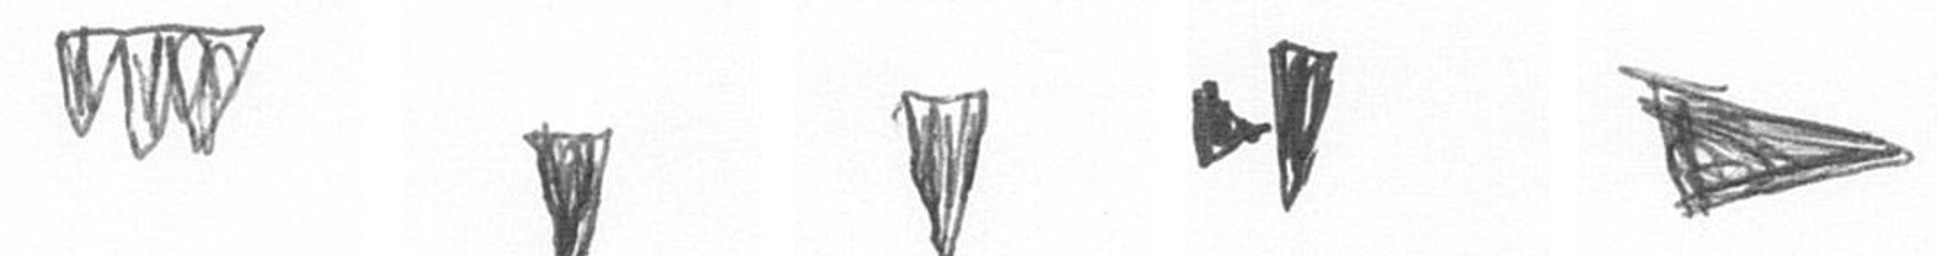
L J J M T